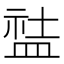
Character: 䀅